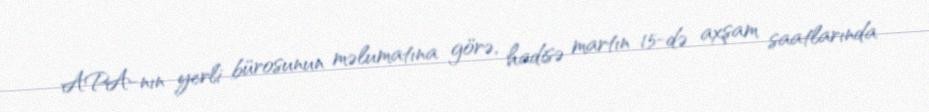
APA-nın yerli bürosunun məlumatına görə, hadisə martın 15-də axşam saatlarında